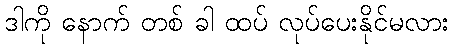
ဒါကို နောက် တစ် ခါ ထပ် လုပ်ပေးနိုင်မလား